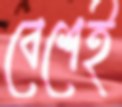
বেশেই